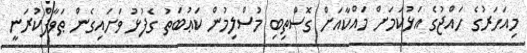
މިއަހަރުގެ ހައްޖުގެ އަޅުކަމަށް މައްކާއަށް ގޮސްތިބި މުސްލިމުން ކަޢުބަތު ގެފުޅު ވަށައިގެން ޠަވާފްކުރަނީ